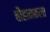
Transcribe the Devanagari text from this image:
चौहानकला